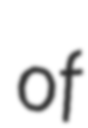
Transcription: of